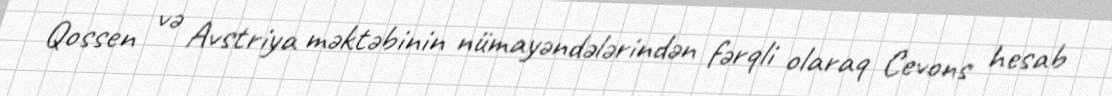
Qossen və Avstriya məktəbinin nümayəndələrindən fərqli olaraq Cevons hesab